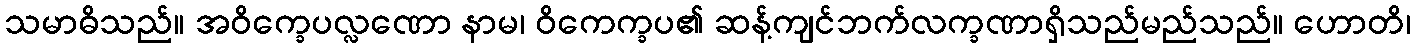
သမာဓိသည်။ အဝိက္ခေပလ္လဏော နာမ၊ ဝိကေက္ခပ၏ ဆန့်ကျင်ဘက်လက္ခဏာရှိသည်မည်သည်။ ဟောတိ၊